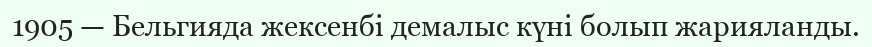
1905 — Бельгияда жексенбі демалыс күні болып жарияланды.